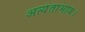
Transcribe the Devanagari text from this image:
अत्यंताभाव।